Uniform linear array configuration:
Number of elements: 8
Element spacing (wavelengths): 0.5
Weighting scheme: binomial
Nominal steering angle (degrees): -45
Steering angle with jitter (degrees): -46.58
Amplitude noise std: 0.05
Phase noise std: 0.05

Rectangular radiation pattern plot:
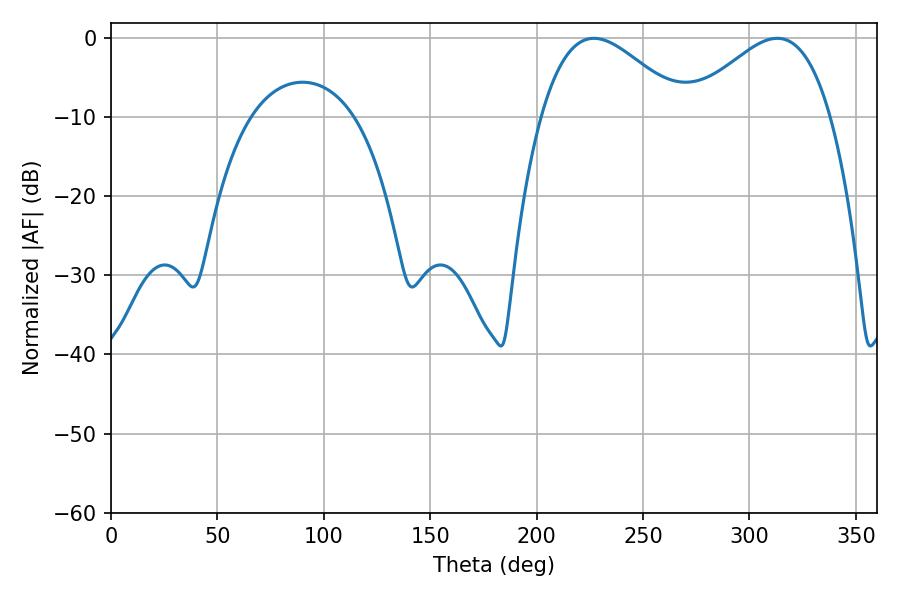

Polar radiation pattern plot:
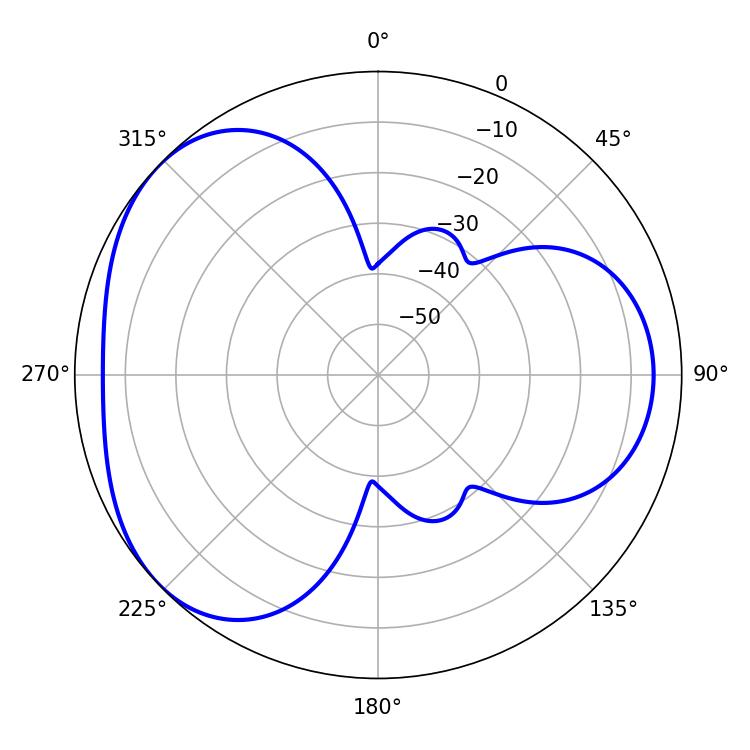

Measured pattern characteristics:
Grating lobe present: FALSE
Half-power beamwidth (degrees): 36.18
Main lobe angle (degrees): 226.98